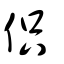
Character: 伿